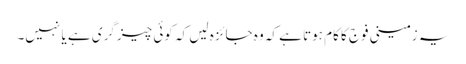
یہ زمینی فوج کا کام ہوتا ہے کہ وہ جائزہ لیں کہ کوئی چیز گری ہے یا نہیں۔